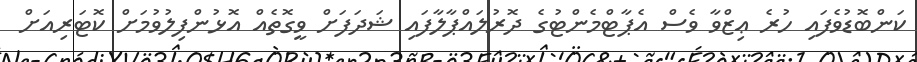
ކަންބޮޑުވެފައި ހުރެ ޢިޒްވާ ވެސް އެޕާޓްމެންޓުގެ ދޮރުލައްޕާލާފައި ޝަދަފަށް ވީގޮތެއް އޮޅުންފިލުވުމަށް ކޮޓަރިއަށް